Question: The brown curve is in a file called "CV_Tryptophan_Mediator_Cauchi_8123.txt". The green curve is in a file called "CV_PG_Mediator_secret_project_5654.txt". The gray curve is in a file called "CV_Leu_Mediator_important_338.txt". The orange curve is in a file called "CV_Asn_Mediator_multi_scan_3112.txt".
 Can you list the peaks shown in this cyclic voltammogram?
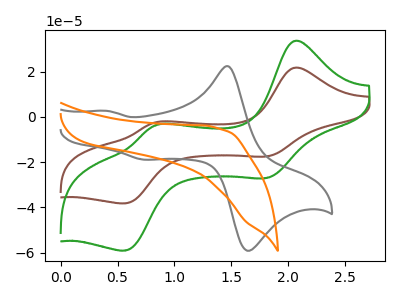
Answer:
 <answer>The brown curve "Mediator + Tryptophan" has anodic peaks at (2.05V, 21.70uA) (0.85V, -2.40uA) and cathodic peaks at (1.80V, -17.45uA) (0.55V, -38.20uA). The green curve "Mediator + PG" has anodic peaks at (2.05V, 33.55uA) (0.85V, -3.70uA) and cathodic peaks at (1.80V, -27.00uA) (0.55V, -59.05uA). The gray curve "Mediator + Leu" has anodic peaks at (1.50V, 22.35uA) (0.40V, 2.65uA) and cathodic peaks at (1.70V, -58.65uA) (0.75V, -18.95uA). The orange curve "Mediator + Asn" has no peaks.</answer>
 <eval></eval>